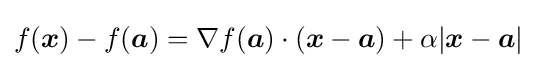
f({\boldsymbol {x}})-f({\boldsymbol {a}})=\nabla f({\boldsymbol {a}})\cdot ({\boldsymbol {x}}-{\boldsymbol {a}})+\alpha |{\boldsymbol {x}}-{\boldsymbol {a}}|